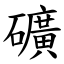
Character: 礦